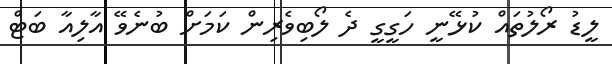
ލީޑު ރޯލުތައް ކުޅޭނީ ހަގީގީ ދެ ލޯބިވެރިން ކަމަށް ބުނެވޭ އާލިއާ ބަޓް